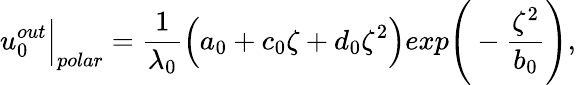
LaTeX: u_{0}^{out}\Big|_{polar}=\frac{1}{\lambda_{0}}\Big(a_{0}+c_{0}\zeta+d_{0}\zeta^{2}\Big)exp\Bigg(-\frac{\zeta^{2}}{b_{0}}\Bigg),